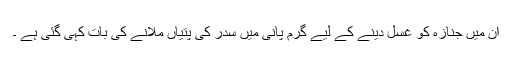
ان میں جنازہ کو غسل دینے کے لیے گرم پانی میں سدر کی پتیاں ملانے کی بات کہی گئی ہے ۔